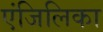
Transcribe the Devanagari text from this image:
एंजिलिका